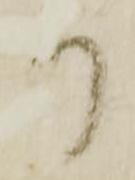
り